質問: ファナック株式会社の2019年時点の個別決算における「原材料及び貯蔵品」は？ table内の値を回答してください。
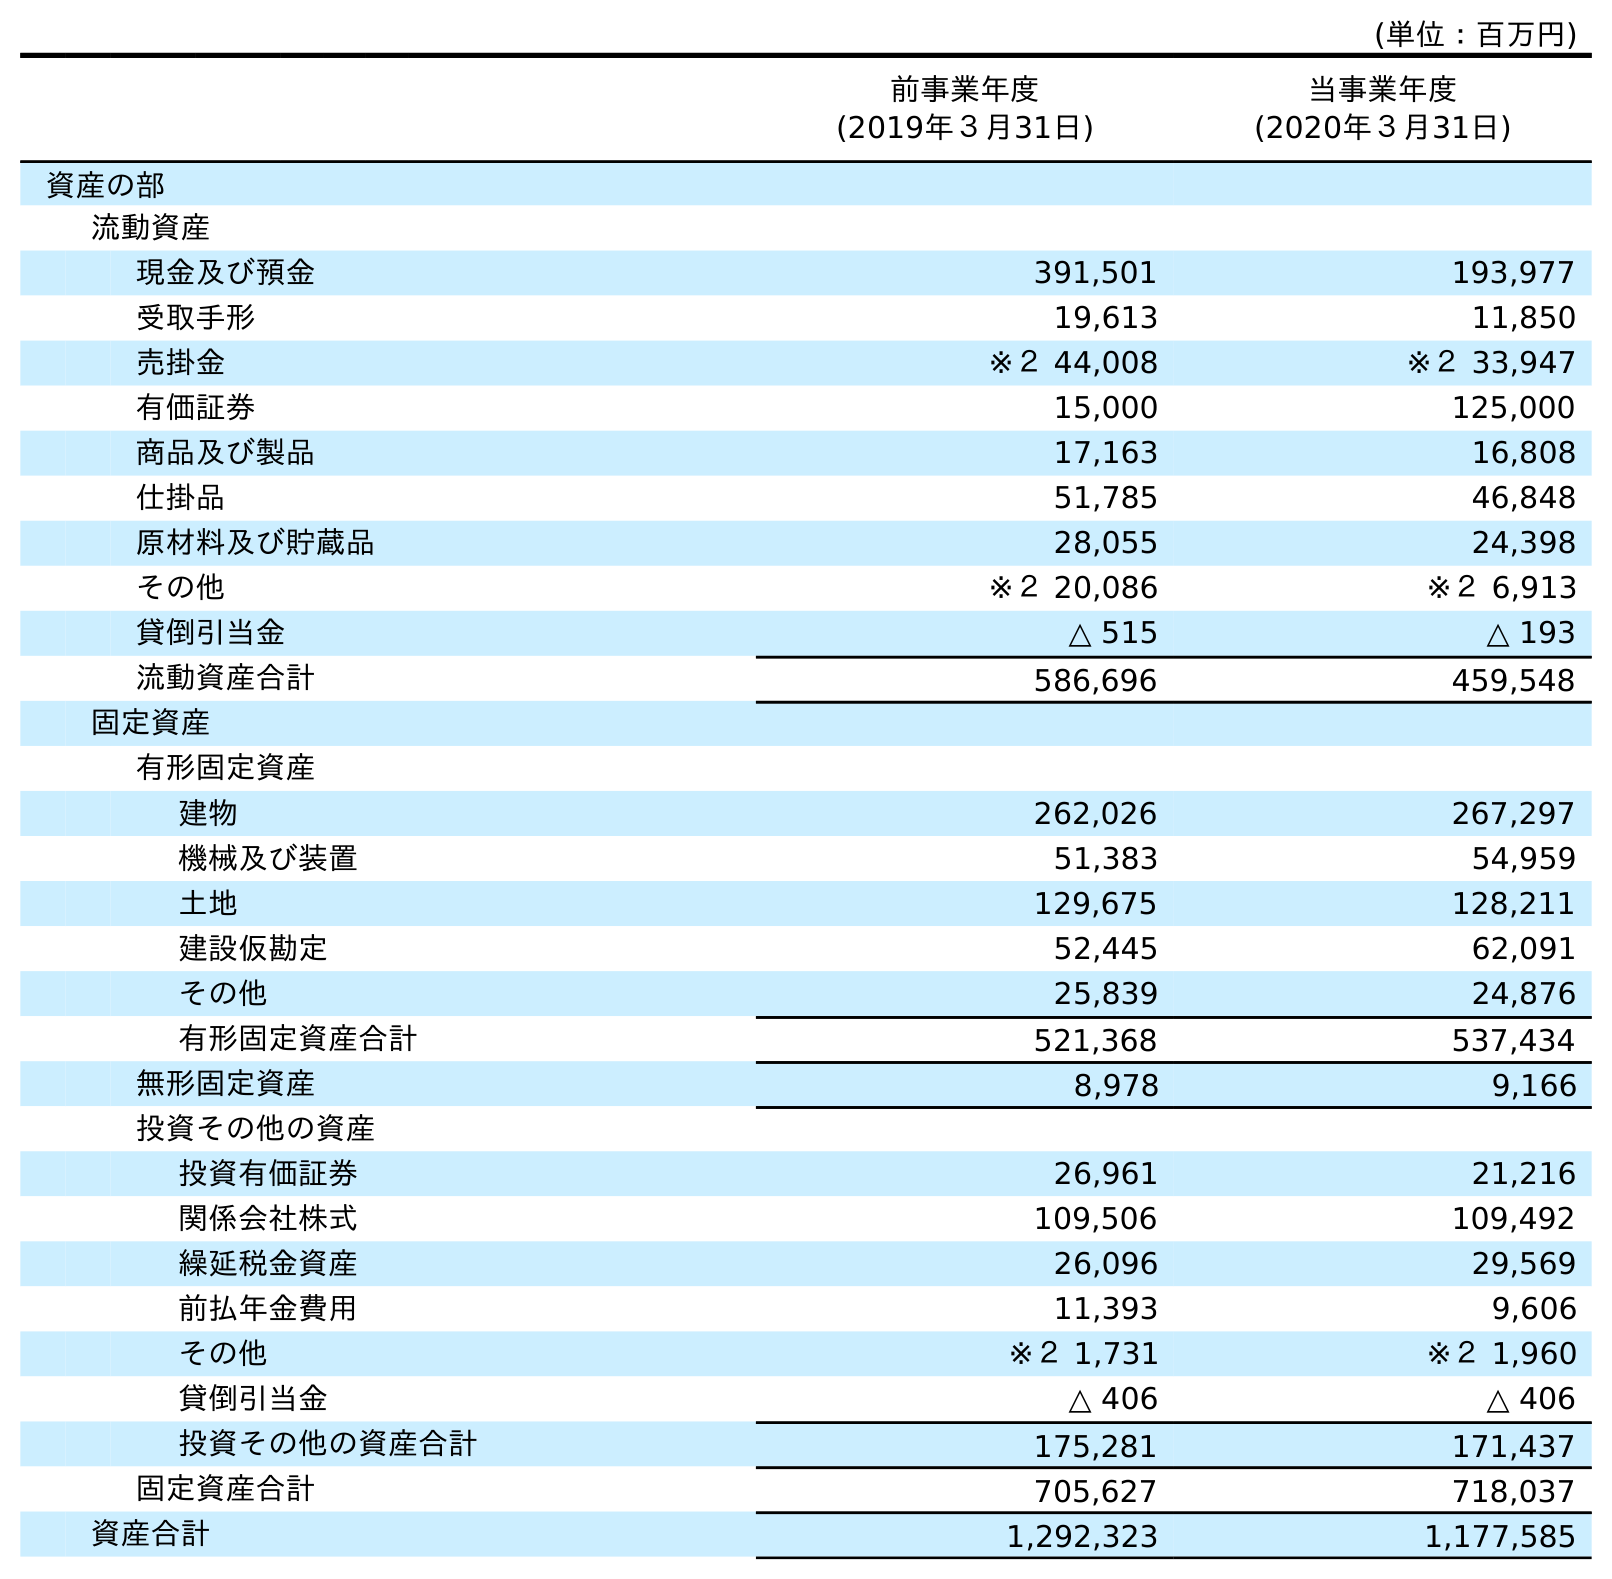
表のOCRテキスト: (単位：百万円) 前事業年度 (2019年３月31日) 当事業年度 (2020年３月31日) 資産の部 流動資産 現金及び預金 391,501 193,977 受取手形 19,613 11,850 売掛金 ※２ 44,008 ※２ 33,947 有価証券 15,000 125,000 商品及び製品 17,163 16,808 仕掛品 51,785 46,848 原材料及び貯蔵品 28,055 24,398 その他 ※２ 20,086 ※２ 6,913 貸倒引当金 △ 515 △ 193 流動資産合計 586,696 459,548 固定資産 有形固定資産 建物 262,026 267,297 機械及び装置 51,383 54,959 土地 129,675 128,211 建設仮勘定 52,445 62,091 その他 25,839 24,876 有形固定資産合計 521,368 537,434 無形固定資産 8,978 9,166 投資その他の資産 投資有価証券 26,961 21,216 関係会社株式 109,506 109,492 繰延税金資産 26,096 29,569 前払年金費用 11,393 9,606 その他 ※２ 1,731 ※２ 1,960 貸倒引当金 △ 406 △ 406 投資その他の資産合計 175,281 171,437 固定資産合計 705,627 718,037 資産合計 1,292,323 1,177,585
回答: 28,055